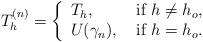
LaTeX: \begin{align*} T_h^{(n)} = \left\{ \begin{array}{ll}T_h, & \mbox{ if $h \neq h_o$,} \\U ( \gamma_n ), & \mbox{ if $h = h_o$.}\end{array} \right.\end{align*}